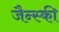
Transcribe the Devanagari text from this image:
जैन्स्की